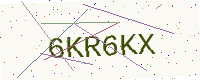
Text: 6KR6KX